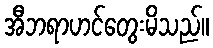
အီဘရာဟင်တွေးမိသည်။